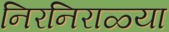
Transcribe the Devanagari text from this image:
निरनिराळ्या